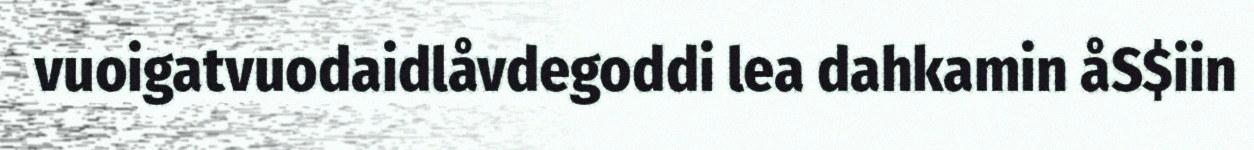
vuoigatvuodaidlåvdegoddi lea dahkamin åS$iin